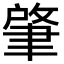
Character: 肇